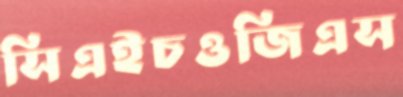
সিএইচওজিএস